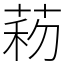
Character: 菞